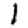
Digit: 1